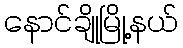
နောင်ချိုမြို့နယ်